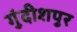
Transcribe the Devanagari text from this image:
गुंदीशपुर